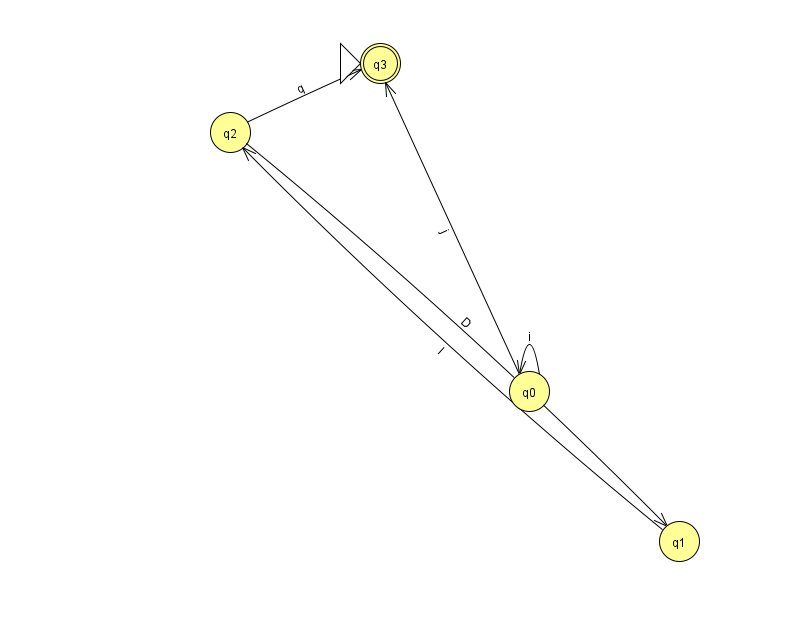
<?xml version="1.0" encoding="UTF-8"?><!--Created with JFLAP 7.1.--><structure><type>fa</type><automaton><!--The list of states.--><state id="0" name="q0"><x>529.0</x><y>378.0</y></state><state id="1" name="q1"><x>679.0</x><y>528.0</y></state><state id="2" name="q2"><x>230.0</x><y>119.0</y></state><state id="3" name="q3"><x>380.0</x><y>50.0</y><initial/><final/></state><!--The list of transitions.--><transition><from>2</from><to>1</to><read>D</read></transition><transition><from>2</from><to>3</to><read>q</read></transition><transition><from>0</from><to>0</to><read>i</read></transition><transition><from>1</from><to>2</to><read>l</read></transition><transition><from>0</from><to>3</to><read>j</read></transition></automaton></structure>